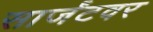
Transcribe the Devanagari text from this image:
सार्जंटवर